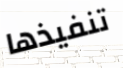
تنفيذها